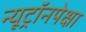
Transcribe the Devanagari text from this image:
न्यूट्रॉनपेक्षा